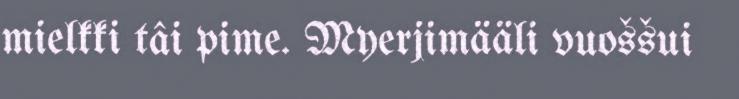
mielkki tâi pime. Myerjimääli vuoššui